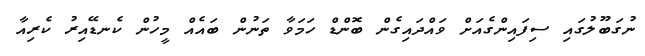
ނުގަބޫލުގައި ސިފައިންގެއަށް ވައްދައިގެން ބޮންޑް ހަމަވާ ތަނުން ބައެއް މީހުން ކެނޑޭއިރު ކެރިއާ